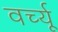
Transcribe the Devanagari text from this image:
वर्च्यू